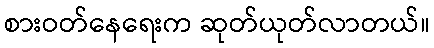
စားဝတ်နေရေးက ဆုတ်ယုတ်လာတယ်။